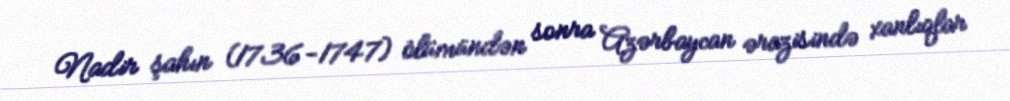
Nadir şahın (1736-1747) ölümündən sonra Azərbaycan ərazisində xanlıqlar